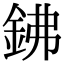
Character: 鉘